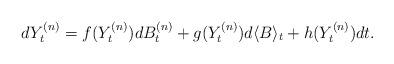
LaTeX: \begin{align*} dY_t^{(n)}= f(Y_t^{(n)})d B_t^{(n)} + g(Y_t^{(n)})d\langle B\rangle_t + h(Y_t^{(n)}) dt.\end{align*}